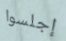
إجلسوا